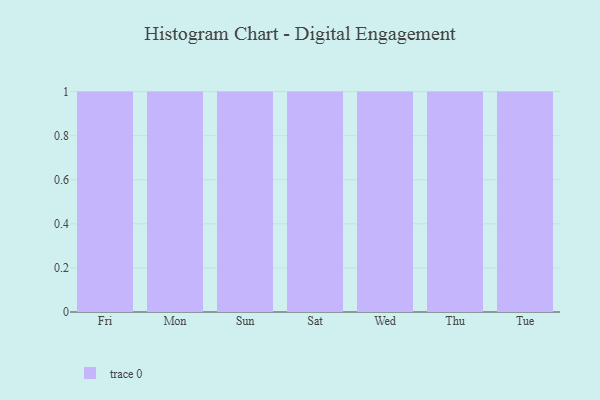
{"axis": {"x": "Day", "y": "Active Users"}, "legend": [""], "data": [{"x": "Fri", "y": 64, "type": ""}, {"x": "Mon", "y": 64, "type": ""}, {"x": "Sun", "y": 92, "type": ""}, {"x": "Sat", "y": 72, "type": ""}, {"x": "Wed", "y": 66, "type": ""}, {"x": "Thu", "y": 46, "type": ""}, {"x": "Tue", "y": 4, "type": ""}]}